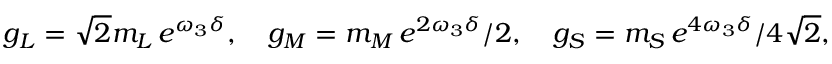
g _ { L } = \sqrt 2 m _ { L } \, e ^ { \omega _ { 3 } \delta } , \quad g _ { M } = { m _ { M } } \, e ^ { 2 \omega _ { 3 } \delta } / 2 , \quad g _ { S } = { m _ { S } } \, e ^ { 4 \omega _ { 3 } \delta } / 4 \sqrt 2 ,